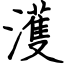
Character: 濩